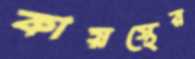
কায়স্থের